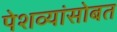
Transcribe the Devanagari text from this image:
पेशव्यांसोबत